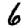
Digit: 6